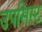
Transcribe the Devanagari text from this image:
उपसिस्ट